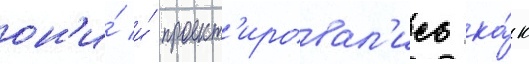
он'и́ и́ проект'ировал'ись ка́к